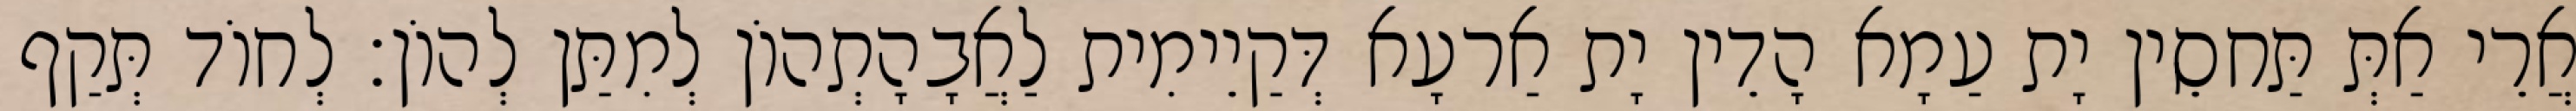
אֲרֵי אַתְּ תַּחסֵין יָת עַמָא הָדֵין יָת אַרעָא דְּקַיֵימִית לַאֲבָהָתְהוֹן לְמִתַּן לְהוֹן׃ לְחוֹד תְּקַף